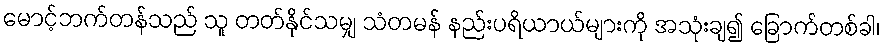
မောင့်ဘက်တန်သည် သူ တတ်နိုင်သမျှ သံတမန် နည်းပရိယာယ်များကို အသုံးချ၍ ခြောက်တစ်ခါ၊